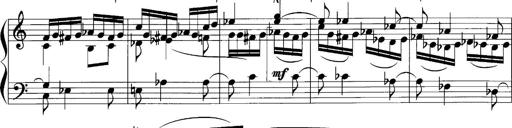
Title: Sonatina No.1
Composer: Otto Stoll
Key: C major